Report of the Municipal Commissioner on the plague in Bombay for the year ending 31st May... - Volume 2
Disease focus: Plague
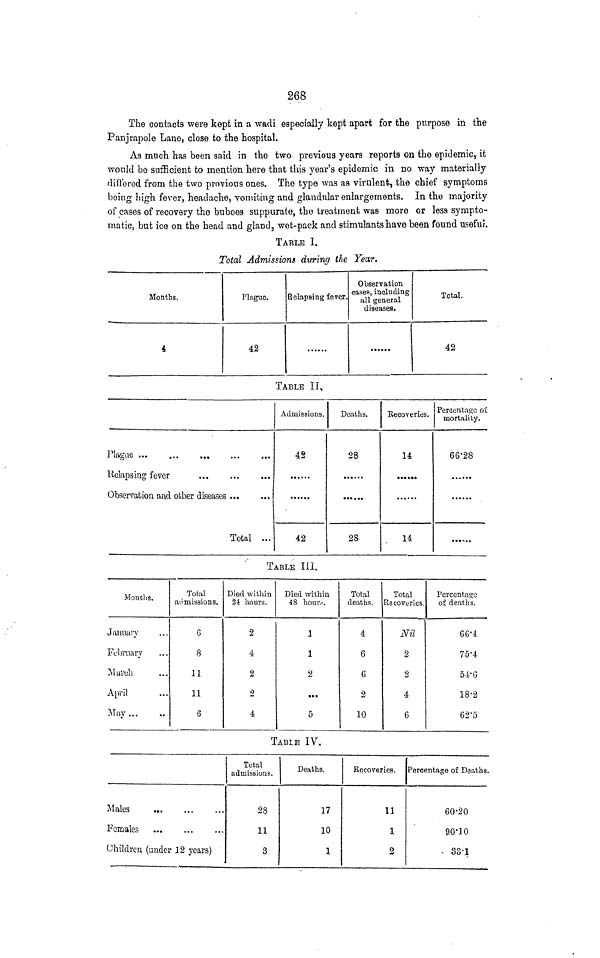
268
The contacts were kept in a wadi especially kept apart for the purpose in the
Panjrapole Lane, close to the hospital.
As mnch has been said in the two previous years reports on the epidemic, it
would be sufficient to mention here that this year's epidemic in no way materially
differed from the two previous ones. The type was as virulent, the chief symptoms
being high fever, headache, vomiting and glandular enlargements. In the majority
of cases of recovery the buboes suppurate, the treatment was more or less sympto-
matic, but ice on the head and gland, wet-pack and stimulants have been found useful.
TABLE I.
Total Admissions during the Year.
Months.
4
Plague.
42
Relapsing fever.
Observation
canes, including
all general
diseases.
Total.
42
TABLE IT,
Plague ...
Ilelapsim? fever
Total ...
Admissions.
42
42
Deaths.
28
28
Recoveries.
14
•*• »*•
14
Percentage of
mortality.
66-28
TABLE III.
Months.
January
Ffbruary
iMaruli
April
May
Total
admissions.
6
8
11
11
6
Died within
24 hours.
2
4
2
2
4
Died within
48 houiv.
1
1
2
...
5
Total
deaths.
4
6
G
2
10
Total
Recoveries.
Nil
2
2
4
6
Percentage
of deaths.
66-4
75-4
54- G
18-2
62'5
TABLE IV.
Males
Females
Children (under 12 years)
Total
admissions.
28
11
3
Deaths.
17
10
1
Recoveries.
11
1
2
Percentage of Deaths.
60'20
90-10
- 38-1